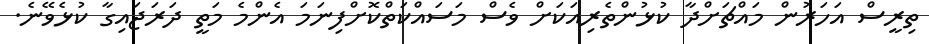
ތިރީސް އަހަރުން މައްޗަށްދާ ކުޅުންތެރިއަކަށް ވެސް މަސައްކަތްކޮށްފިނަމަ އެންމެ މަތީ ދަރަޖައިގާ ކުޅެވޭނެ.